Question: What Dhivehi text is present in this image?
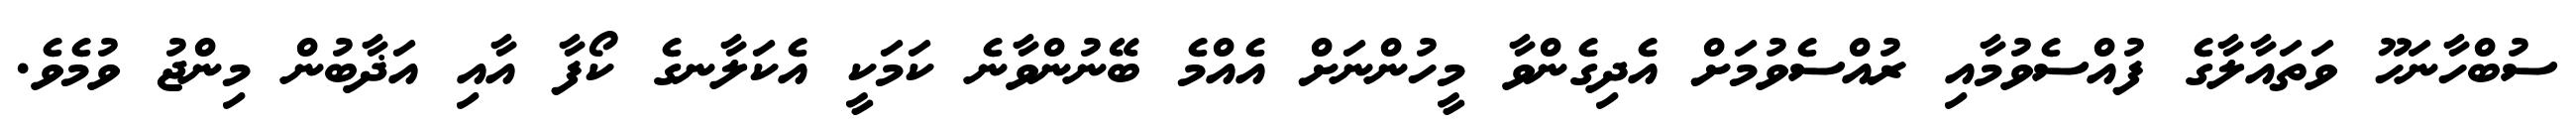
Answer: ސުބްހާނަހޫ ވަތައާލާގެ ފުއްސެވުމާއި ރުއްސެވުމަށް އެދިގެންވާ މީހުންނަށް އެއްމެ ބޭނުންވާނެ ކަމަކީ އެކަލާނގެ ކޯފާ އާއި އަޛާބުން މިންޖު ވުމެވެ.